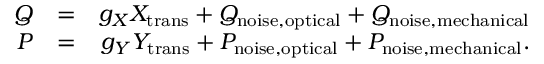
\begin{array} { r l r } { Q } & { = } & { g _ { X } X _ { \mathrm { t r a n s } } + Q _ { \mathrm { n o i s e , o p t i c a l } } + Q _ { \mathrm { n o i s e , m e c h a n i c a l } } } \\ { P } & { = } & { g _ { Y } Y _ { \mathrm { t r a n s } } + P _ { \mathrm { n o i s e , o p t i c a l } } + P _ { \mathrm { n o i s e , m e c h a n i c a l } } . } \end{array}